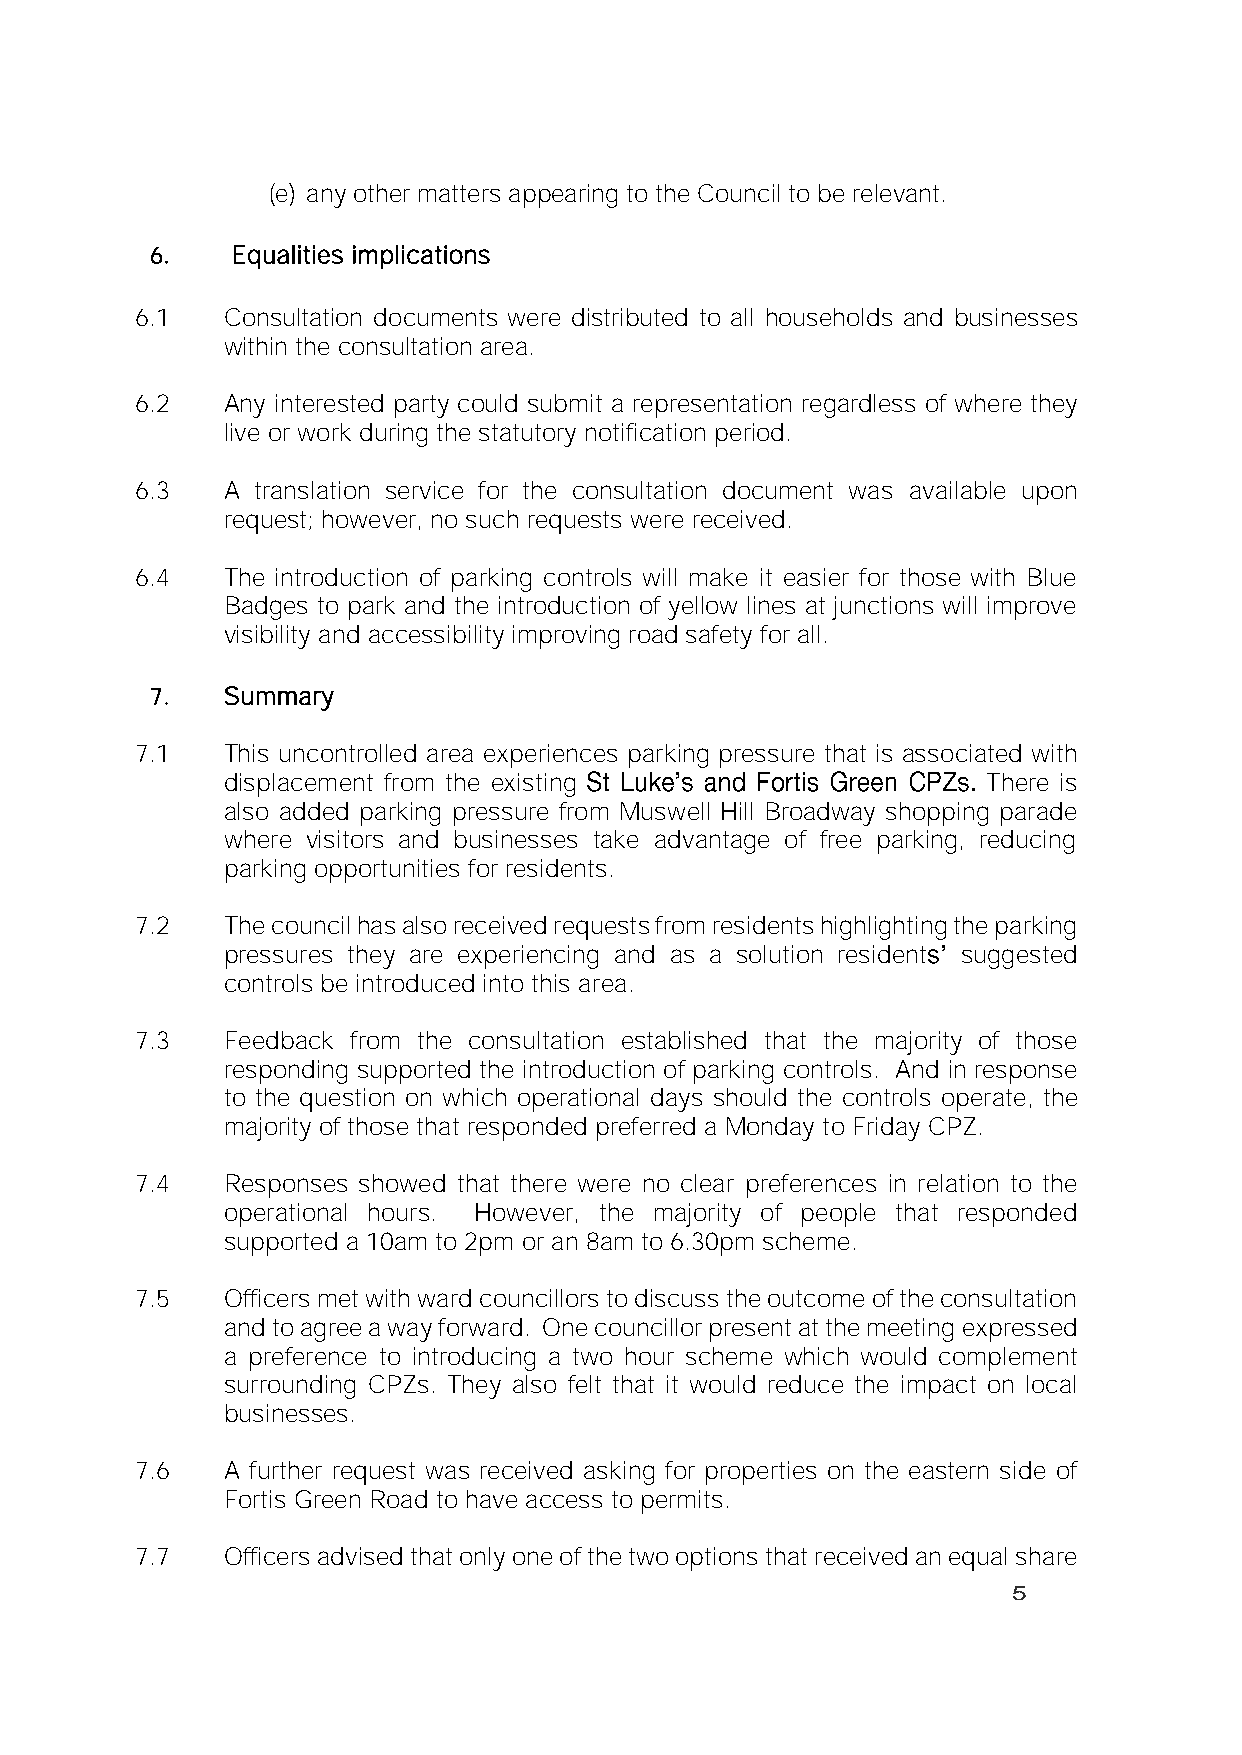
(e) any other matters appearing to the Council to be relevant.
 6.   Equalities implications
 6.1   Consultation documents were distributed to all households and businesses
 within the consultation area.
 6.2   Any interested party could submit a representation regardless of where they
 live or work during the statutory notification period.
 6.3   A translation service for the consultation document was available upon
 request; however, no such requests were received.
 6.4   The introduction of parking controls will make it easier for those with Blue
 Badges to park and the introduction of yellow lines at junctions will improve
 visibility and accessibility improving road safety for all.
 7.   Summary
 7.1   This uncontrolled area experiences parking pressure that is associated with
 displacement from the existing                    There is
 also added parking pressure from Muswell Hill Broadway shopping parade
 where visitors and businesses take advantage of free parking, reducing
 parking opportunities for residents.
 7.2   The council has also received requests from residents highlighting the parking
 pressures they are experiencing and as a solution resident suggested
 controls be introduced into this area.
 7.3   Feedback from the consultation established that the majority of those
 responding supported the introduction of parking controls. And in response
 to the question on which operational days should the controls operate, the
 majority of those that responded preferred a Monday to Friday CPZ.
 7.4   Responses showed that there were no clear preferences in relation to the
 operational hours. However, the majority of people that responded
 supported a 10am to 2pm or an 8am to 6.30pm scheme.
 7.5   Officers met with ward councillors to discuss the outcome of the consultation
 and to agree a way forward. One councillor present at the meeting expressed
 a preference to introducing a two hour scheme which would complement
 surrounding CPZs. They also felt that it would reduce the impact on local
 businesses.
 7.6   A further request was received asking for properties on the eastern side of
 Fortis Green Road to have access to permits.
 7.7   Officers advised that only one of the two options that received an equal share
 5